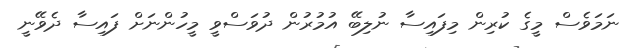
ނަމަވެސް މީގެ ކުރިން މިފައިސާ ނުލިބޭ އުމުރުން ދުވަސްވީ މީހުންނަށް ފައިސާ ދެވޭނީ